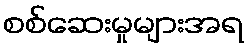
စစ်ဆေးမှုများအရ